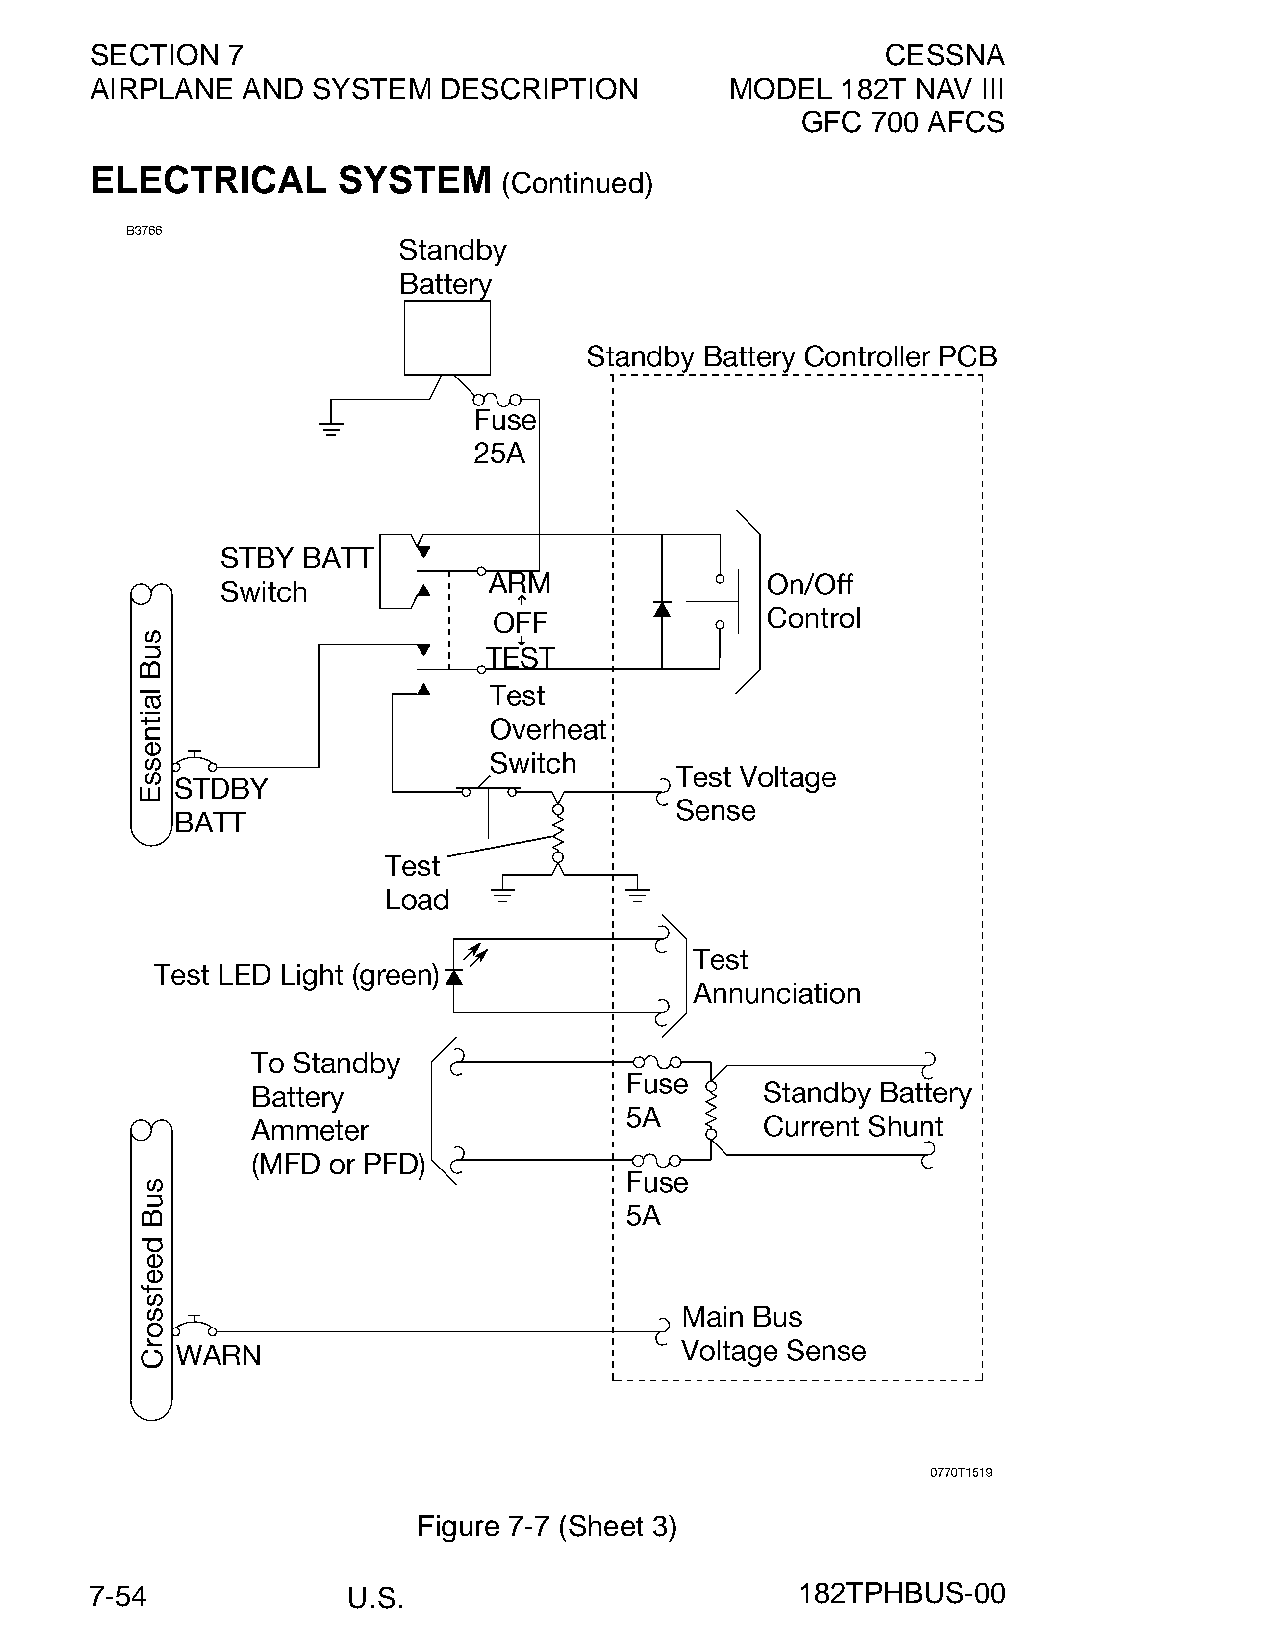
SECTION  7                                           CESSNA
 AIRPLANE  AND  SYSTEM  DESCRIPTION        MODEL   182T NAV III
 GFC  700 AFCS
 ELECTRICAL      SYSTEM
 (Continued)
 Figure 7-7 (Sheet 3)
 7-54             U.S.                          182TPHBUS-00